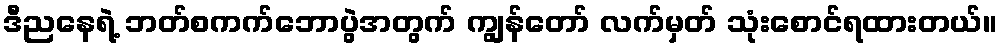
ဒီညနေရဲ့ ဘတ်စကက်ဘောပွဲအတွက် ကျွန်တော် လက်မှတ် သုံးစောင်ရထားတယ်။